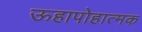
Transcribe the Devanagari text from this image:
ऊहापोहात्मक